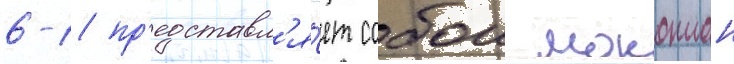
6-1 пр'едставл'я́ет собои моноплан